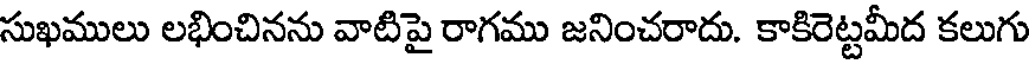
సుఖములు లభించినను వాటిపై రాగము జనించరాదు. కాకిరెట్టమీద కలుగు